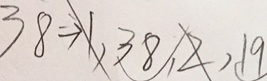
3 8 \Rightarrow 1 , 3 8 , 2 , 1 9